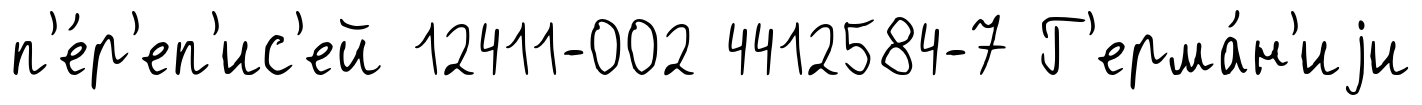
п'е́р'еп'ис'ей 12411-002 4412584-7 Г'ерма́н'иjи